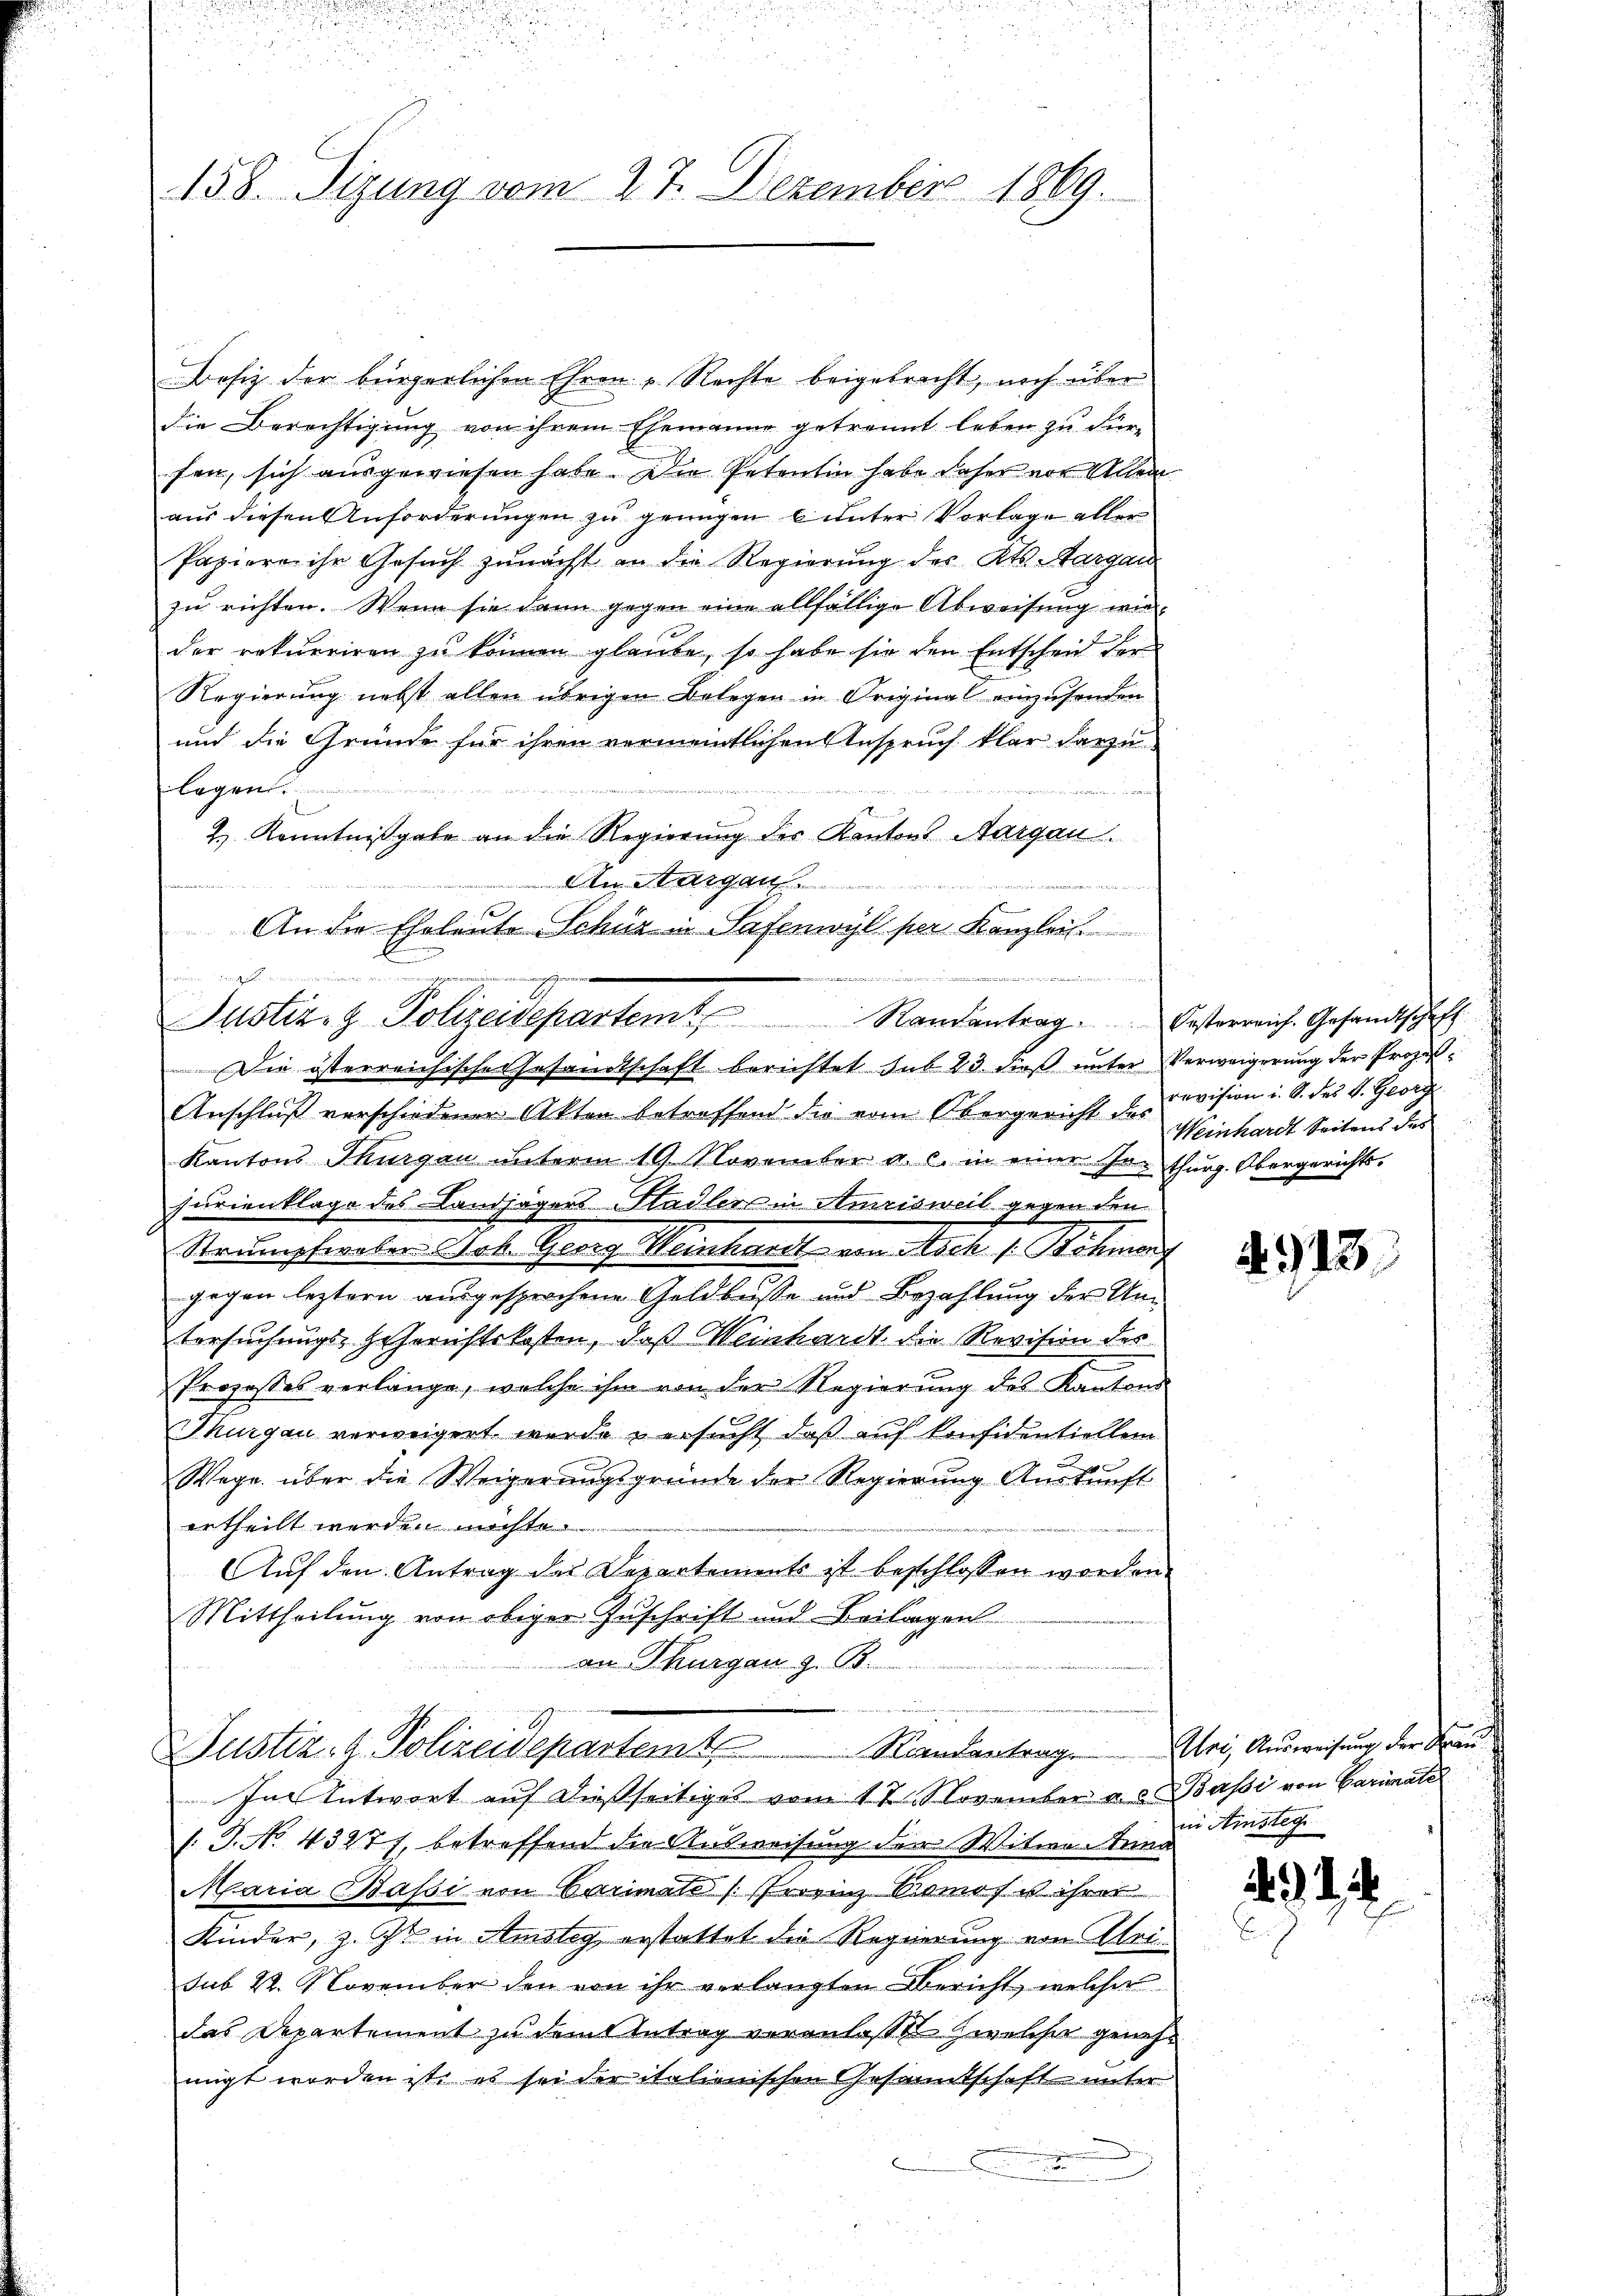
158. Sizung vom 27. Dezember 1869.

Besiz der bürgerlichen Ehren „Rechte beigebracht, noch über
die Berechtigung von ihrem Ehemanne getrannt leben zu Fürfen, sich ausgewiesen habe. Die Petentin habe daher vor Aller
aus diesen Anforderungen zu genügen 6 unter Vorlage aller
Papiere ihr Gesuch zunächst an die Regierung des Kts. Margau
zu richten. Wenn sie dann gegen eine allfällige Abweisung wir
der rekurriren zu können glaube, so habe sie den Entscheit der
Regierung nebst allen übrigen Belegen in Original einzusenden
und die Gründe für ihren vermeintlichen Anspruch klar darzulagen.

2.) Kenntnißgabe an die Regierung der Kantons Aargau.
An Sargau.

An die Eheleute Schüz in Safenwyl per Kanzleit
ne nicht
Anschluß verschiedener Akten betreffend die vom Obergericht des revision i. S. des V. Georg
Kantons Thurgau unterm 19. November a. c. in einer Jo-thurg. Obergerichts-
jurienklage des Landjägers Stadlers in Amrisweil gegen den
Strumpfereber Job. Georg Weinhardt von Asch /: Rohman
gegen leztern ausgesprochene Geldbusse und Bezahlung der Um¬
Versuchungs- Heerichtskosten, daß Weinhardt die Revision des
Prozesses verlange, welche ihm von der Regierung des Kantons
Thurgau verweigert wurde & ersucht, daß auf Konfidentiellen
Wege über die Weigerungsgründe der Regierung Auskunft
ertheilt werden möchte
Auf den Antrag des Departements ist beschlossen worden.
Mittheilung von obiger Zuschrift und Beilagen
an Thurgau z. B.
Justiz- & Polizeidepartemt Randeantrag
Im Entwort auf dießseitiges vom 17. November a. Basi von Cariater
/: J. No 43277, betreffend die Ausweisung der Witwe Anna
Maria Basi von Carimats (Frovinz Simos ist ihrer
Kinder, z. Zt. in Amsteg erstattet die Regierung von Meisub 22. November den von ihr verlangten Bericht, welcher
das Departement zu dem Antrag veranlaßte Zwelcher genehmigt worden ist, es sei der italienischen Gesammtschaft unter
n

Justiz- & Polizeidepartem Randantrag. Ersterreiche Gesandtschaff
Die österreichische Gesandtschaft berichtet sub 23. dieß unter Verweigerung der Prozes¬

Weinhardt Seitens des

4913

Uri, Ausweisung der Frauin Ainstige

92